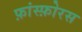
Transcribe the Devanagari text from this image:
फ़ांस्फ़ोरस